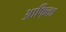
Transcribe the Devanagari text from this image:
आफि्का